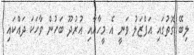
ލިބޭ ގޮތުގައި އަފްޒަލު ވަނީ އެ މީހާއާއި އުރުދޫ ބަހުން ވާހަކަ ދައްކައި